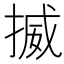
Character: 揻